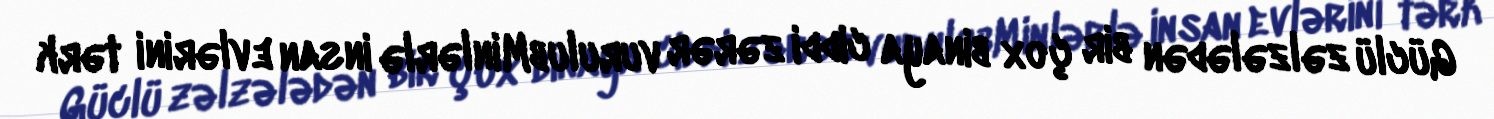
Güclü zəlzələdən bir çox binaya ciddi zərər vurulubMinlərlə insan evlərini tərk